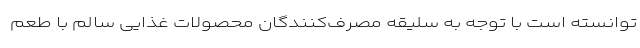
توانسته است با توجه به سلیقه مصرف‌کنندگان محصولات غذایی سالم با طعم